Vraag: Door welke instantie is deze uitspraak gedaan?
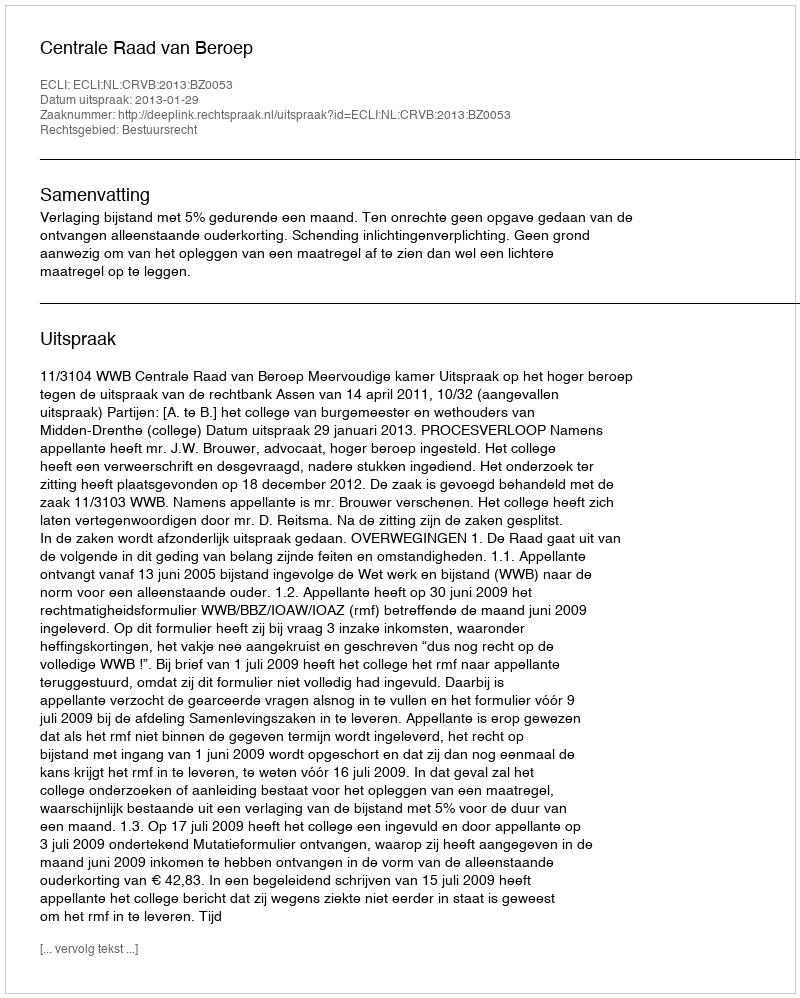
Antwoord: Centrale Raad van Beroep